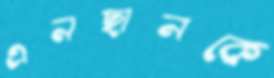
এনছানকে